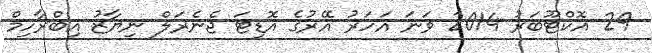
29 އޮކްޓޫބަރު 2014 ވަނަ އަހަރު އޭރުގެ އޮޑިޓަ ޖެނެރަލް ނިޔާޒު އިބްރާހިމް